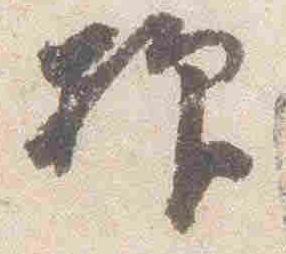
抑